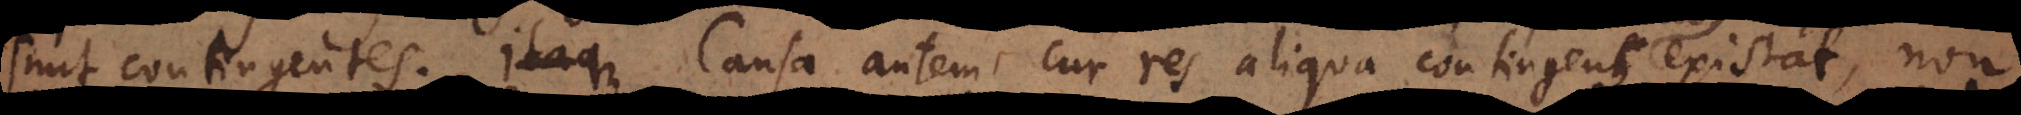
sunt contingentes. Causa autem cur res aliqua contingens existat, non